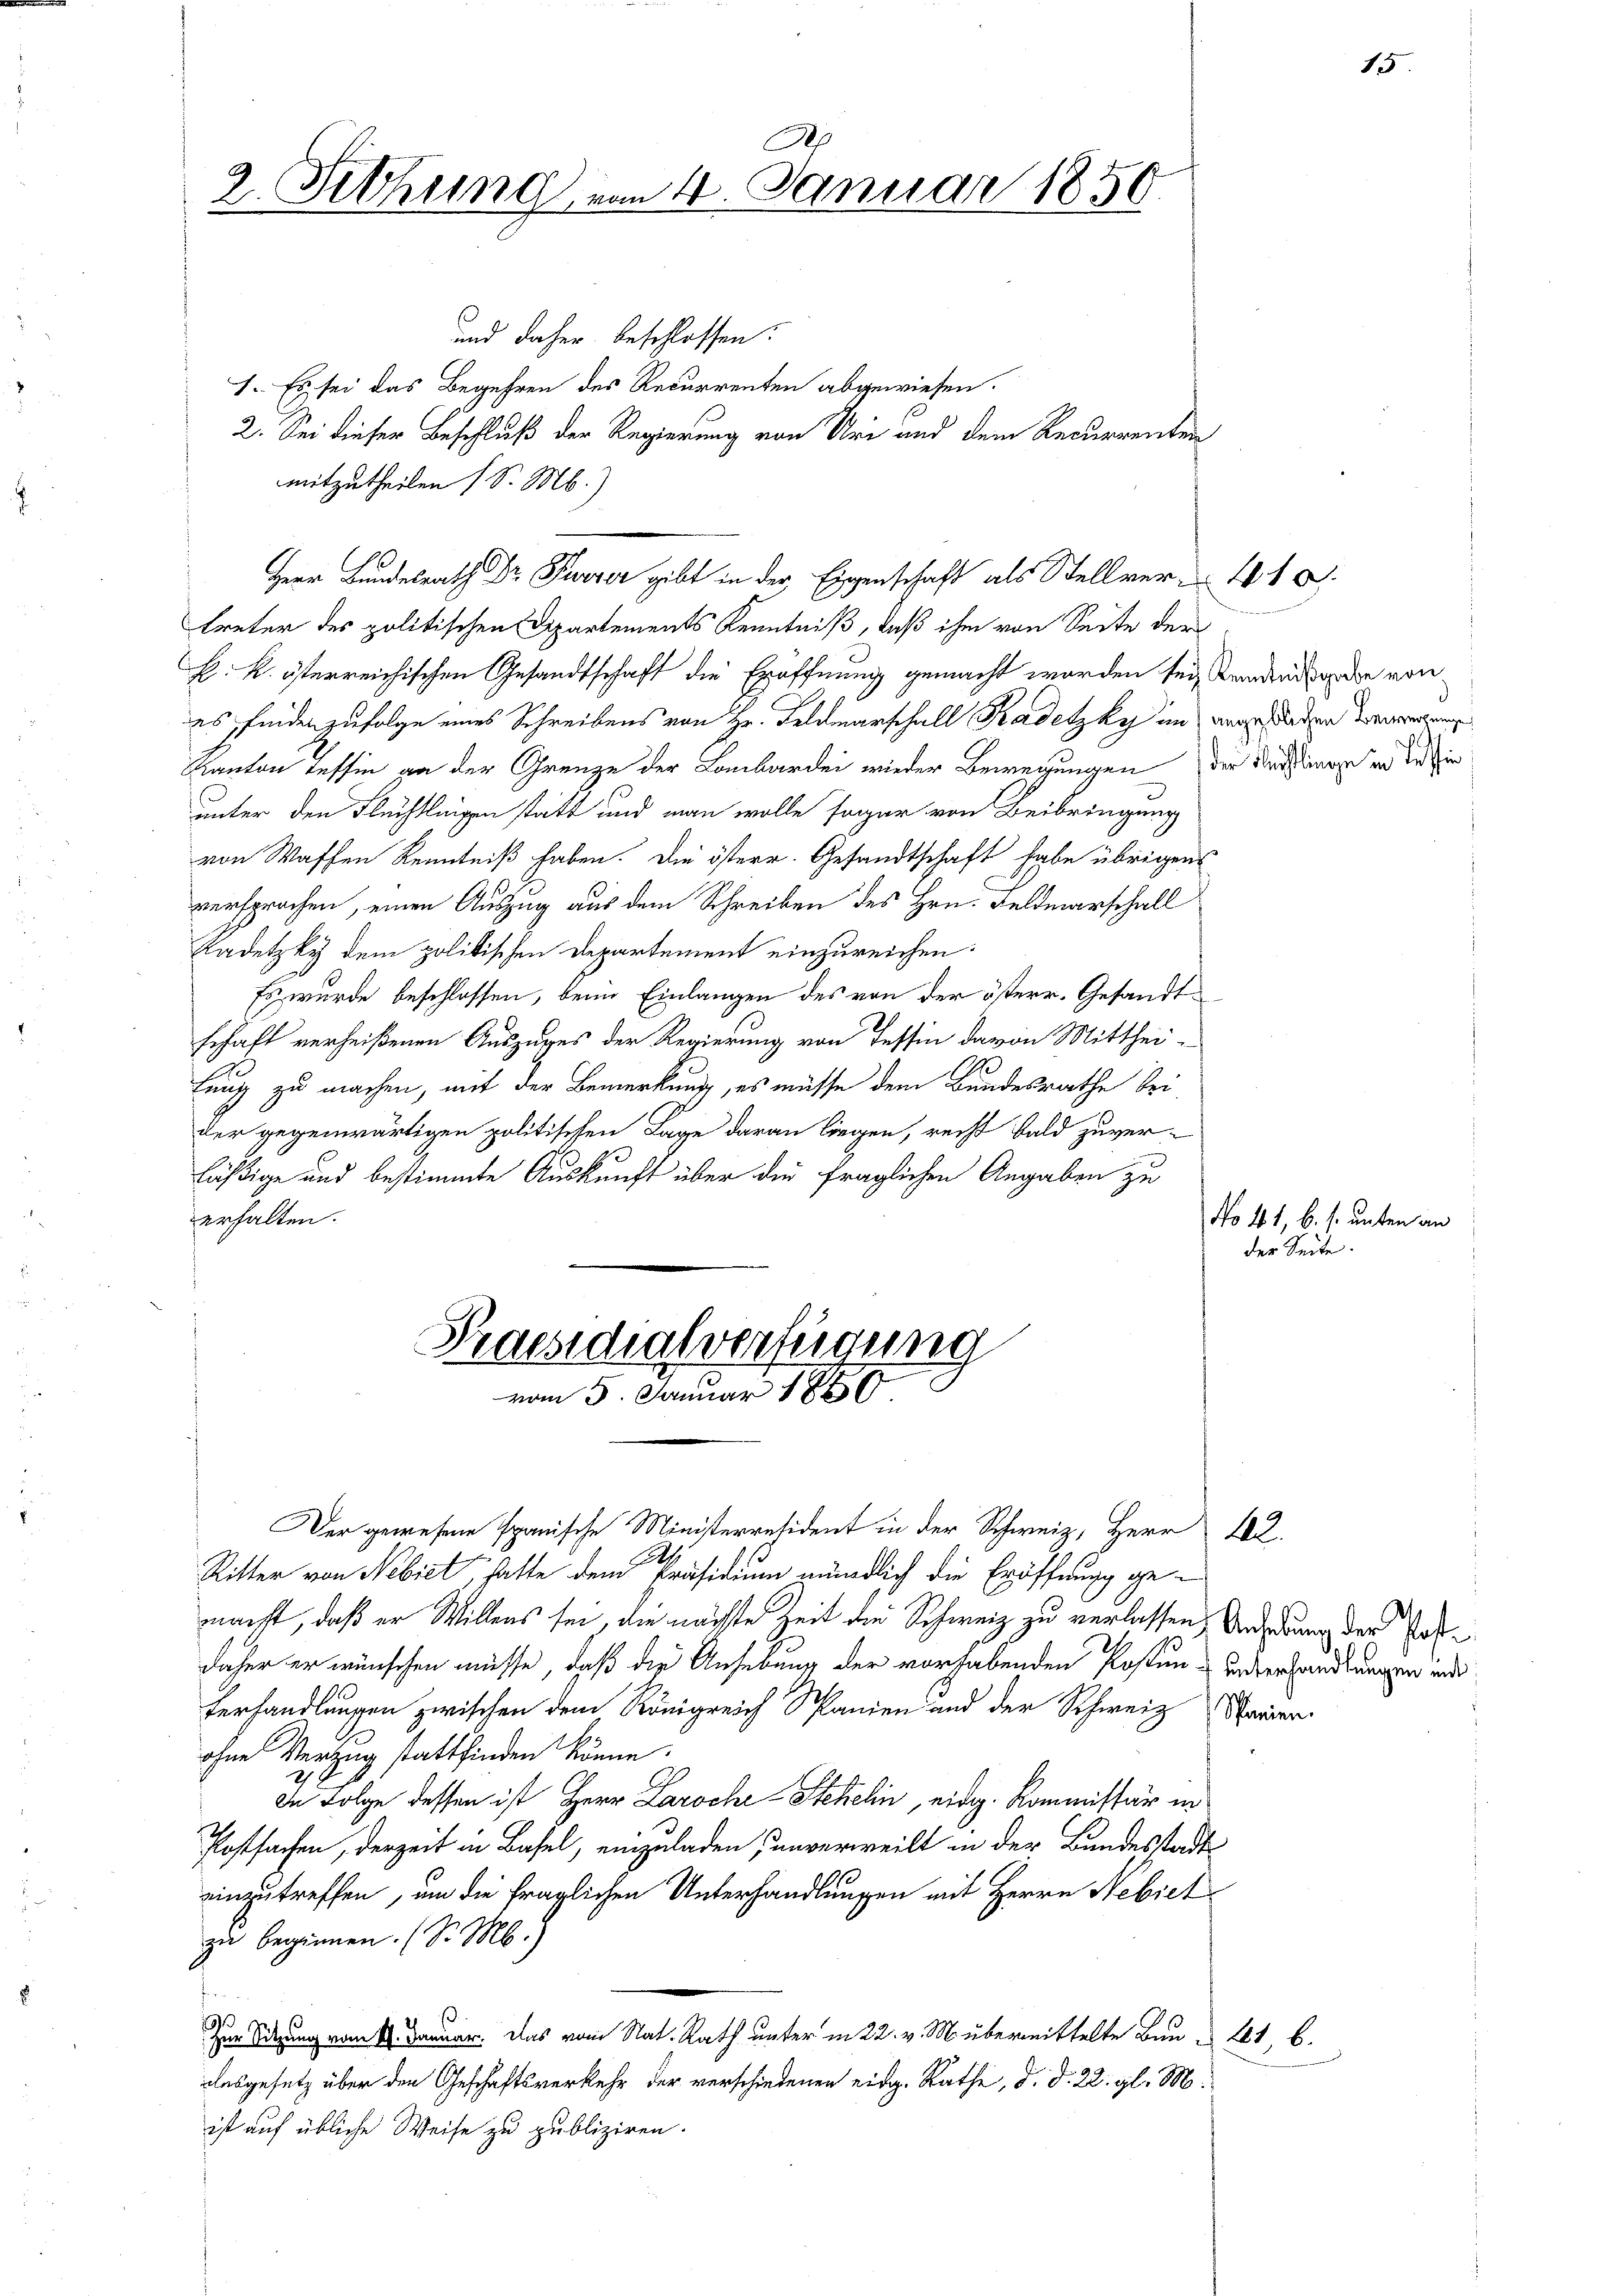
Ah
2. Setzung von 4. Januar 1850.

und daher beschlossen:
1. Es sei das Begehren des Recurrenten abgewiesen.
2. Sei dieser Beschluß der Regierung von Uri und dem Recurrenten
mitzutheilen (S. M.)
treter des politischen Dipartements Kenntniß, daß ihm von Seite der
H. k. österreichischen Gesandtschaft die Eröffnung gemacht worden sei, wenden so die von
es finden zufolge eines Schreibens von Hr. Feldmarschall Kadetzky in angestanden Verwegung
Kanton Tessin an der Grenze der Lombarden wieder Bewegungen der dringen und die in
unter den Fluchtlingen statt und man wolle sogar von Beibringung
von Waffen Kenntniß haben. Die österr. Gesandtschaft habe übrigens
versprochen, einen Auszug aus dem Schreiben des Hrn. Feldmarschall
Radetzky dem politischen Departement einzureichen.
Es wurde beschlossen, beim Einlangen des von der österr. Gesandtschaft verheißenen Auszuges der Regierung von Tessin davon Mitthei-
A
fung zu machen, mit der Bemerkung, es müsse dem Bundesrathe bei
der gegenwärtigen politischen Lage daran liegen, recht bald zuver-
läßige und bestimmte Auskunft über die fraglichen Angaben zu
erhalten.

Praesidialverfügung
vom 5. Januar 1890

Der gewesene Spanische Ministerresident in der Schweiz, Herr 182.
Ritter von Nebiet, hatte dem Präsidium mündlich die Eröffnung gemacht, daß er Willens sei, die nächste Zeit die Schweiz zu verlassen, Anhebung der Pasdaher er wünschen müsse, daß die Ansebung der vorhabenden Posten u inderhandlungen und
terhandlungen zwischen dem Königreich Spanien und der Schweiz Marier
ohne Verzug stattfinden könne.
In Folge dessen ist Herr Laroche Stehelin, eidg. Kommissär in
Postsachen, derzeit in Basel, einzuladen unverweilt in der Bundesstadt
einzutreffen, um die fraglichen Unterhandlungen mit Herrn Nebiet
zu beginnen. (S. M.)
.
Zur Sitzung vom 4. Januar. Das vom Nat. Rath unter in 22. v. M. übermittelte Bau-
lasgesetz über den Geschäftsverkehr der verschiedenen eidg. Rathe, d. d. 22. gl. M.
ist auf übliche Weise zu publiziren.

Herr Bundesrath Dr. Kurzer gibt in der Eigenschaft als Stellver-

No 41, b. s. unten an
der Seite.

16.

1